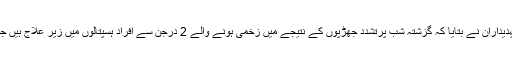
بھارتی حکومت کے 2 سینئر عہدیداران نے بتایا کہ گزشتہ شب پرُتشدد جھڑپوں کے نتیجے میں زخمی ہونے والے 2 درجن سے افراد ہسپتالوں میں زیرِ علاج ہیں جو پیلیٹ گنز کا شکار بھی ہوئے۔